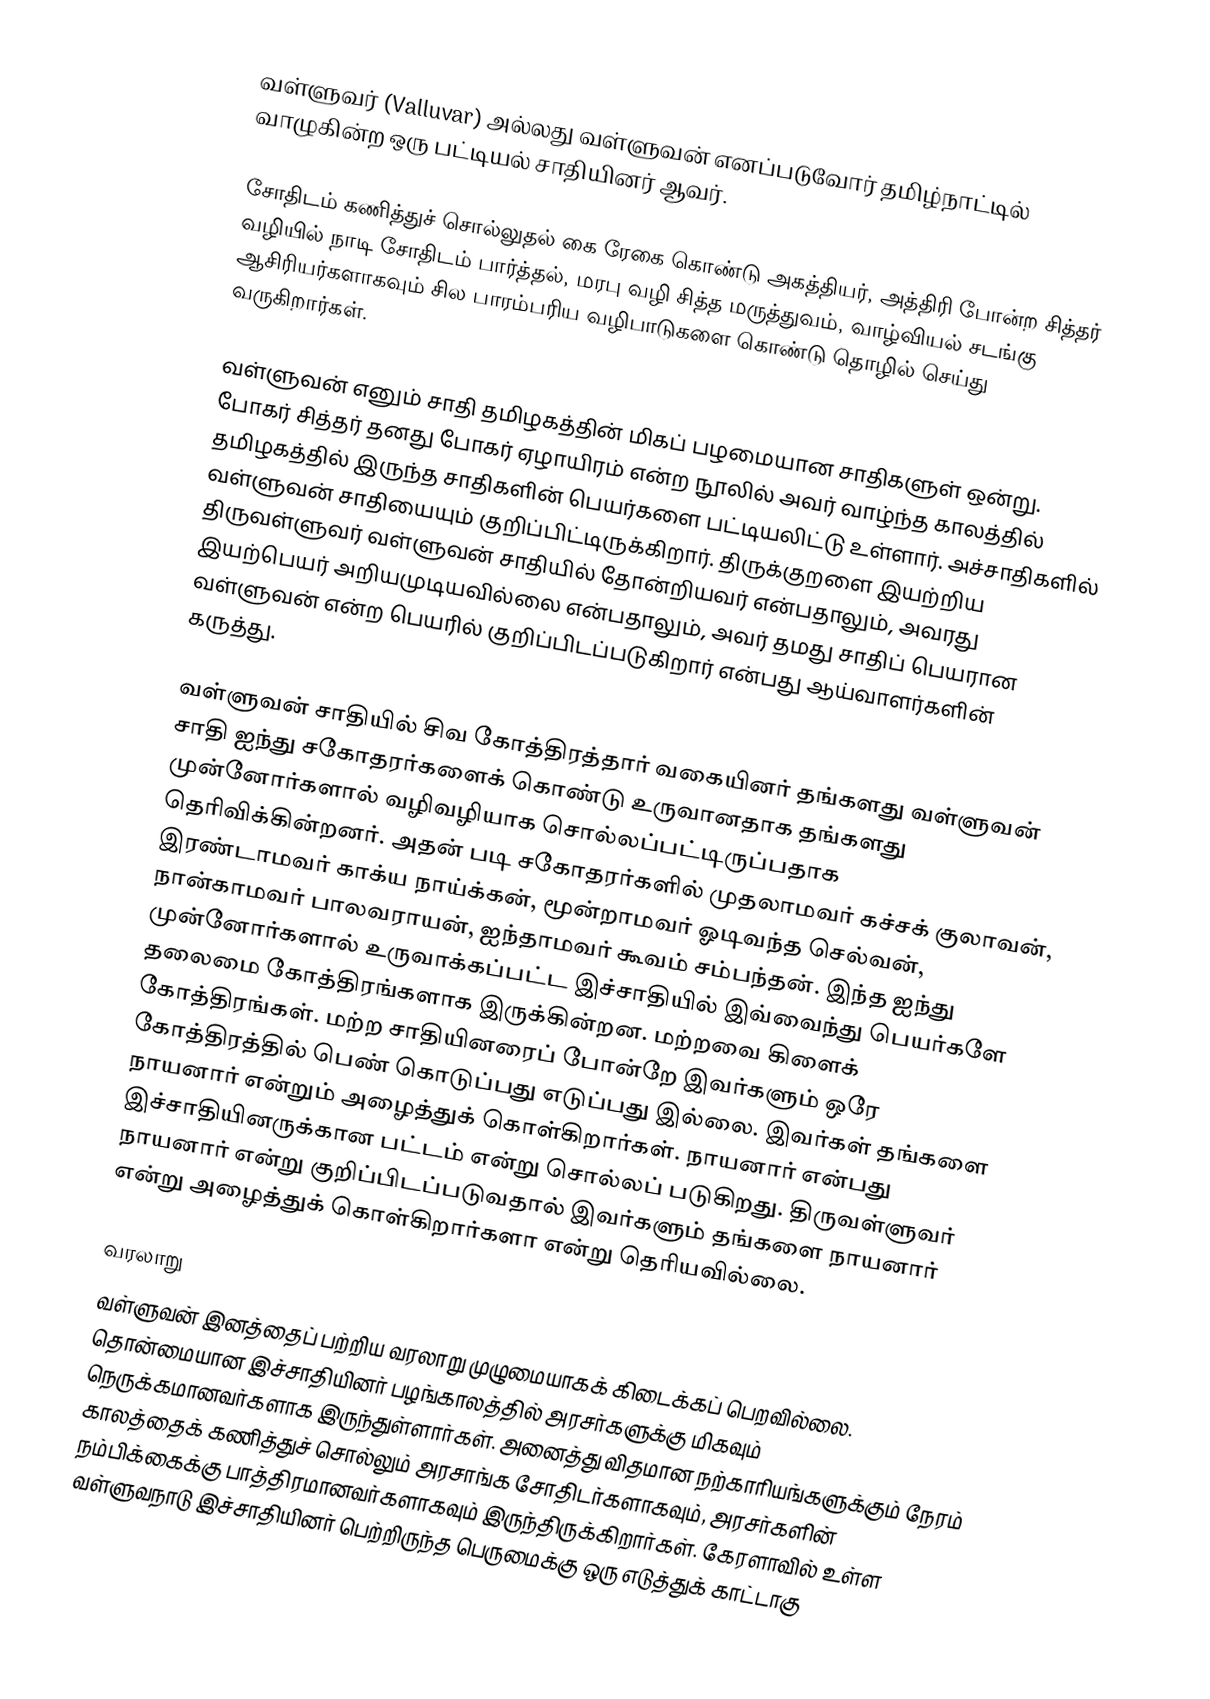
வள்ளுவர் (Valluvar) அல்லது வள்ளுவன் எனப்படுவோர் தமிழ்நாட்டில் வாழுகின்ற ஒரு பட்டியல் சாதியினர் ஆவர்.

சோதிடம் கணித்துச் சொல்லுதல் கை ரேகை கொண்டு அகத்தியர், அத்திரி போன்ற சித்தர் வழியில் நாடி சோதிடம் பார்த்தல், மரபு வழி சித்த மருத்துவம், வாழ்வியல்  சடங்கு ஆசிரியர்களாகவும்  சில பாரம்பரிய வழிபாடுகளை கொண்டு தொழில்  செய்து வருகிறார்கள்.

வள்ளுவன் எனும் சாதி தமிழகத்தின் மிகப் பழமையான சாதிகளுள் ஒன்று. போகர் சித்தர் தனது போகர் ஏழாயிரம் என்ற நூலில் அவர் வாழ்ந்த காலத்தில் தமிழகத்தில் இருந்த சாதிகளின் பெயர்களை பட்டியலிட்டு உள்ளார். அச்சாதிகளில் வள்ளுவன் சாதியையும் குறிப்பிட்டிருக்கிறார்.  திருக்குறளை இயற்றிய திருவள்ளுவர் வள்ளுவன் சாதியில் தோன்றியவர் என்பதாலும், அவரது இயற்பெயர் அறியமுடியவில்லை என்பதாலும், அவர் தமது சாதிப் பெயரான வள்ளுவன் என்ற பெயரில் குறிப்பிடப்படுகிறார் என்பது ஆய்வாளர்களின் கருத்து.

வள்ளுவன் சாதியில் சிவ கோத்திரத்தார் வகையினர் தங்களது வள்ளுவன் சாதி ஐந்து சகோதரர்களைக் கொண்டு உருவானதாக தங்களது முன்னோர்களால் வழிவழியாக சொல்லப்பட்டிருப்பதாக தெரிவிக்கின்றனர். அதன் படி சகோதரர்களில் முதலாமவர் கச்சக் குலாவன், இரண்டாமவர் காக்ய நாய்க்கன், மூன்றாமவர் ஓடிவந்த செல்வன், நான்காமவர் பாலவராயன், ஐந்தாமவர் கூவம் சம்பந்தன். இந்த ஐந்து முன்னோர்களால் உருவாக்கப்பட்ட இச்சாதியில் இவ்வைந்து பெயர்களே தலைமை கோத்திரங்களாக இருக்கின்றன. மற்றவை கிளைக் கோத்திரங்கள். மற்ற சாதியினரைப் போன்றே இவர்களும் ஒரே கோத்திரத்தில் பெண் கொடுப்பது எடுப்பது இல்லை. இவர்கள் தங்களை நாயனார் என்றும் அழைத்துக் கொள்கிறார்கள். நாயனார் என்பது இச்சாதியினருக்கான பட்டம் என்று சொல்லப் படுகிறது. திருவள்ளுவர் நாயனார் என்று குறிப்பிடப்படுவதால் இவர்களும் தங்களை நாயனார் என்று அழைத்துக் கொள்கிறார்களா என்று தெரியவில்லை.

வரலாறு
வள்ளுவன் இனத்தைப் பற்றிய வரலாறு முழுமையாகக் கிடைக்கப் பெறவில்லை. தொன்மையான இச்சாதியினர் பழங்காலத்தில் அரசர்களுக்கு மிகவும் நெருக்கமானவர்களாக இருந்துள்ளார்கள். அனைத்து விதமான நற்காரியங்களுக்கும் நேரம் காலத்தைக் கணித்துச் சொல்லும் அரசாங்க சோதிடர்களாகவும், அரசர்களின் நம்பிக்கைக்கு பாத்திரமானவர்களாகவும் இருந்திருக்கிறார்கள். கேரளாவில் உள்ள வள்ளுவநாடு இச்சாதியினர் பெற்றிருந்த பெருமைக்கு ஒரு எடுத்துக் காட்டாகு